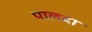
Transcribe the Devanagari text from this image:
पालदा